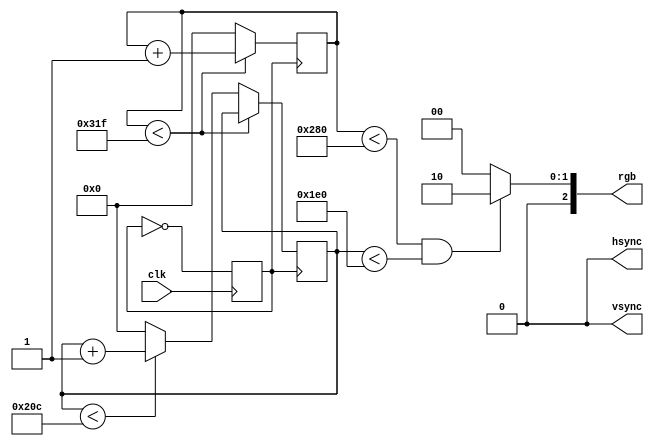
module vga2(
input clk,

output wire[2:0] rgb,//vga rgb output
output wire vsync=1'b0,//vga vsync output
output wire hsync=1'b0////vga hsync output
);



reg vga_clk=0;//divided clk to 25mhz
reg[9:0] vertc=0;
reg[9:0] horc=0;



always @(posedge clk)begin
    vga_clk=~vga_clk;  //divide 50 mhz to 2=25mhz
 
end




//vga timings get from http://tinyvga.com/vga-timing/640x480@60Hz

//vsync must be 1 in "Sync pulse"	clock tange in vertical timings 
assign vsync = vertc> (480+10) && vertc <= (480 + 10 + 2);

//hsync must be 1 in Sync pulse	clock tange in hotizontal timings
assign hsync = horc > (640 + 16) && horc <= (640 + 16 + 96);



//pixel data must be writen when hitozontal and vertical clock counter is in that range(0,640),(0,480)
//if not in range, data must be blank
//3'b010 that data fill all screen to green
assign rgb=(horc<640 && vertc<480)?3'b010:3'b000; 




always @(posedge vga_clk) begin
      //clock counter for vertical and horizontal sync
		if (horc<799) begin
			 horc<=horc+1;
			end
		else begin
			  horc<=0;
			  if(vertc<524) begin
					vertc<=vertc+1;
				  end
			  else begin
					vertc<=0;
				    end   	
			 end	 
				
end








		





endmodule